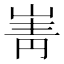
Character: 𡸺